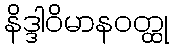
နိဒ္ဒါဝိမာနဝတ္ထု